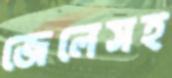
জেলেসহ